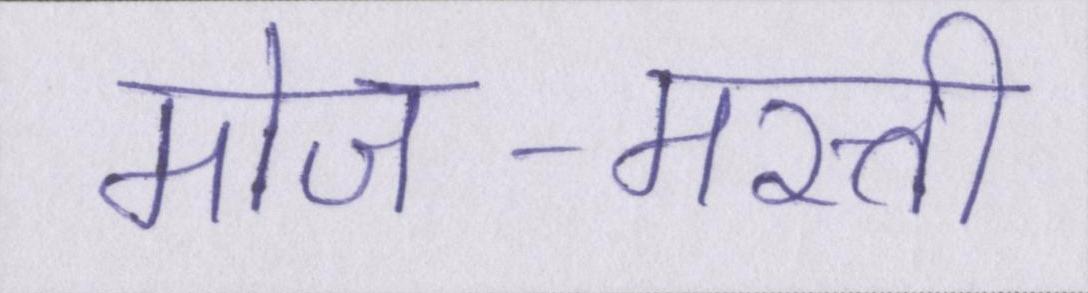
मोज-मस्ती